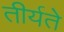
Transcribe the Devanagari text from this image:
तीर्यते